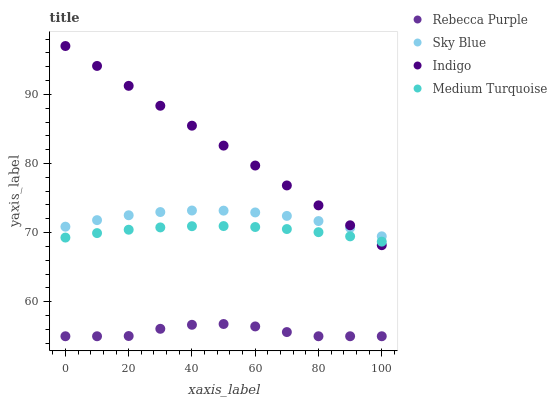
| xaxis_label | Rebecca Purple | Sky Blue | Indigo | Medium Turquoise |
 | --- | --- | --- | --- | --- |
 | 0 | 55 | 70.9 | 97 | 69.3 |
 | 10 | 55 | 71.8 | 94.1 | 69.9 |
 | 20 | 55 | 72.5 | 91.2 | 70.4 |
 | 30 | 56.1 | 73 | 88.4 | 70.7 |
 | 40 | 56.7 | 73.2 | 85.5 | 70.9 |
 | 50 | 56.8 | 73.2 | 82.6 | 70.9 |
 | 60 | 56.4 | 72.9 | 79.7 | 70.8 |
 | 70 | 55.6 | 72.4 | 76.8 | 70.5 |
 | 80 | 55 | 71.7 | 73.9 | 70.1 |
 | 90 | 55 | 70.7 | 71.1 | 69.5 |
 | 100 | 55 | 69.5 | 68.2 | 68.7 |